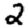
Digit: 2